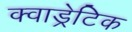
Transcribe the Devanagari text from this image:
क्वाड्रेटिक